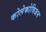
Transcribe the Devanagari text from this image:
कोलेकोविजन